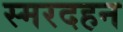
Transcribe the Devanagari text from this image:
स्मरदहन